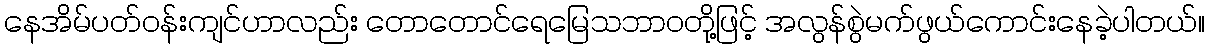
နေအိမ်ပတ်ဝန်းကျင်ဟာလည်း တောတောင်ရေမြေသဘာဝတို့ဖြင့် အလွန်စွဲမက်ဖွယ်ကောင်းနေခဲ့ပါတယ်။